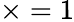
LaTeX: \times=1